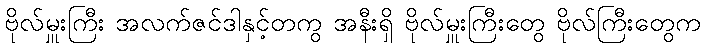
ဗိုလ်မှူးကြီး အလက်ဇင်ဒါနှင့်တကွ အနီးရှိ ဗိုလ်မှူးကြီးတွေ ဗိုလ်ကြီးတွေက